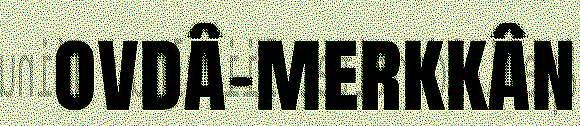
ovdâ-merkkân